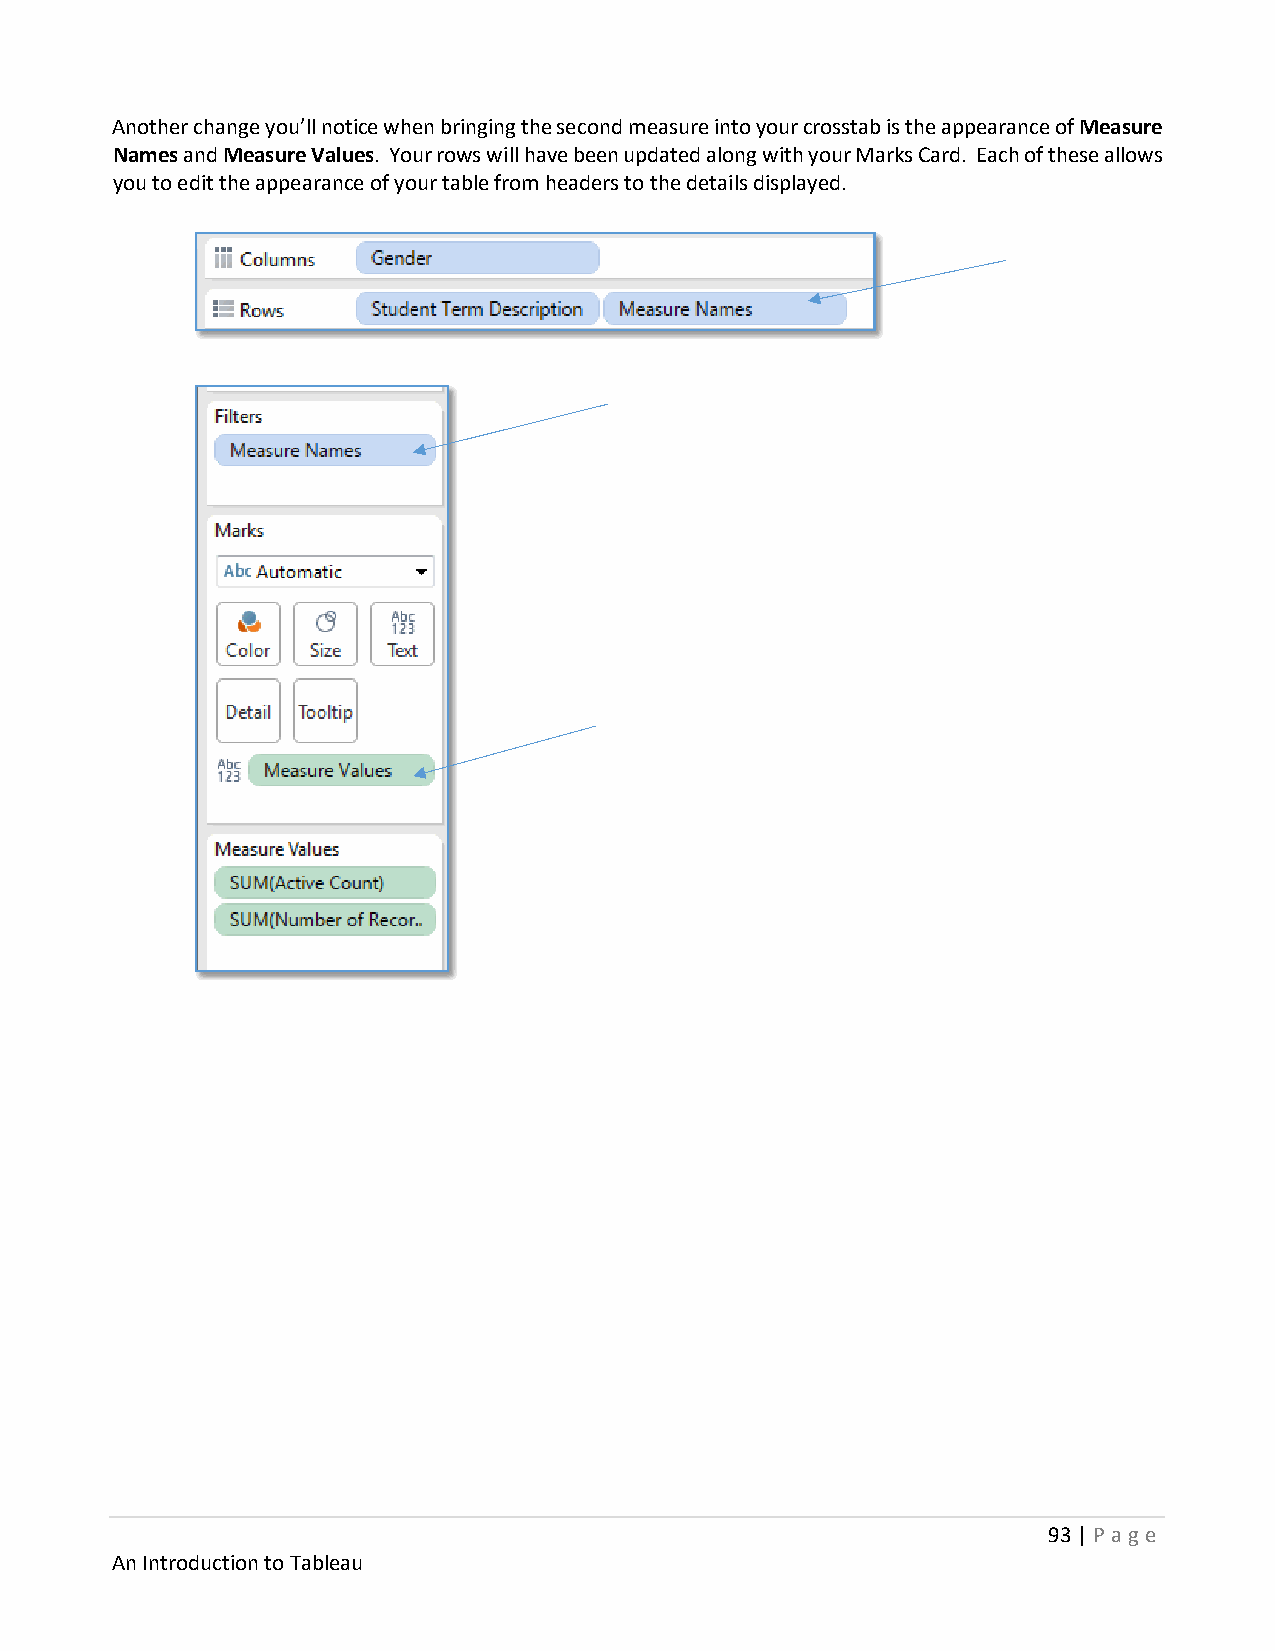
Another change you’ll notice when bringing the second measure into your crosstab is the appearance of Measure
 Names and Measure Values. Your rows will have been updated along with your Marks Card. Each of these allows
 you to edit the appearance of your table from headers to the details displayed.
 93 | P age
 An Introduction to Tableau